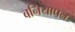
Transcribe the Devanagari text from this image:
बनियापन